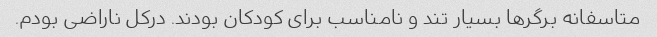
متاسفانه برگرها بسیار تند و نامناسب برای کودکان بودند. درکل ناراضی بودم.